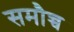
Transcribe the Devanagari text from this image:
समौच्च